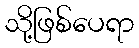
သို့ဖြစ်ပေရာ